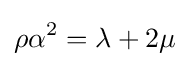
\rho \alpha ^{2}=\lambda +2\mu